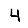
Digit: 4